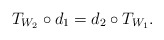
\begin{align*}T_{W_2} \circ d_1 = d_2 \circ T_{W_1}.\end{align*}